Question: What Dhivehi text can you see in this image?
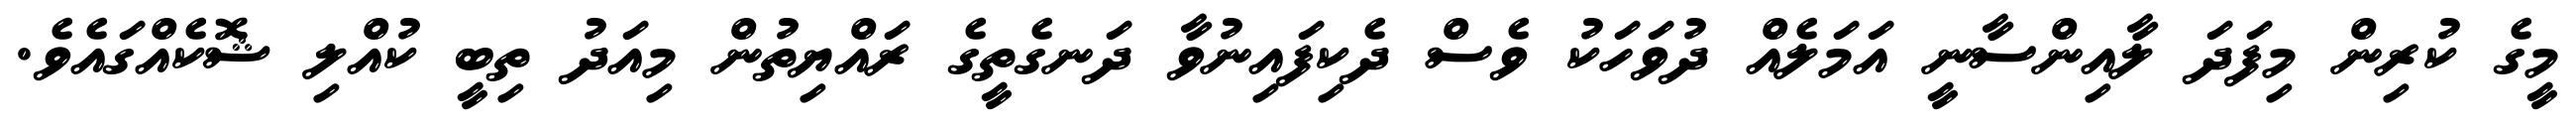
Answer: މީގެ ކުރިން މިފަދަ ލާއިންސާނީ އަމަލެއް ދުވަހަކު ވެސް ދެކިފައިނުވާ ދަނގެތީގެ ރައްޔިތުން މިއަދު ތިބީ ކުއްލި ޝޮކެއްގައެވެ.